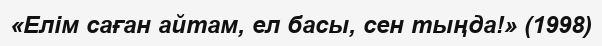
«Елім саған айтам, ел басы, сен тыңда!» (1998)